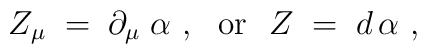
Z_\mu\;=\; \partial_\mu\;\alpha~,~~{\rm or}~~Z \;=\; d\,\alpha~,